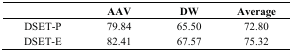
|  | AAV | DW | Average |
 | --- | --- | --- | --- |
 | DSET-P | 79.84 | 65.50 | 72.80 |
 | DSET-E | 82.41 | 67.57 | 75.32 |